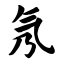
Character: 氖